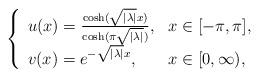
LaTeX: \begin{align*}\left\{ \begin{array}{ll} u(x) = \frac{\cosh(\sqrt{|\lambda|} x)}{\cosh(\pi \sqrt{|\lambda|})}, & x \in [-\pi,\pi], \\v(x) = e^{-\sqrt{|\lambda|} x}, & x \in [0,\infty), \end{array} \right.\end{align*}